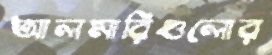
আলমারিগুলোর